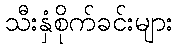
သီးနှံစိုက်ခင်းများ